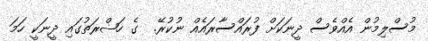
މުސްލިމުން އެއްވެސް ދީނަކަށް ފުރައްސާރައެއް ނުކުރޭ.  ގެ ހަޟްރަތުގައި ދީނަކީ ހަމަ